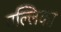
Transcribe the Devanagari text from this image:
पल्लिका